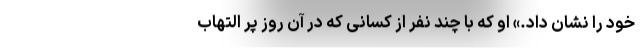
خود را نشان داد.» او که با چند نفر از کسانی که در آن روز پر التهاب